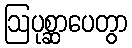
ဩပုစ္ဆာပေတွာ